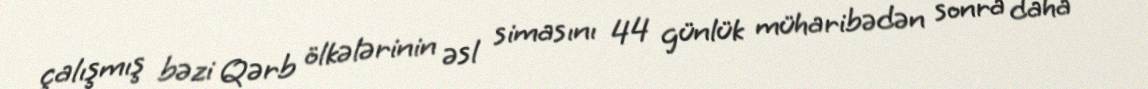
çalışmış bəzi Qərb ölkələrinin əsl simasını 44 günlük müharibədən sonra daha